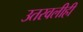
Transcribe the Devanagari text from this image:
उतरवलीही